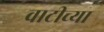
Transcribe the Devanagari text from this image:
वाटीच्या